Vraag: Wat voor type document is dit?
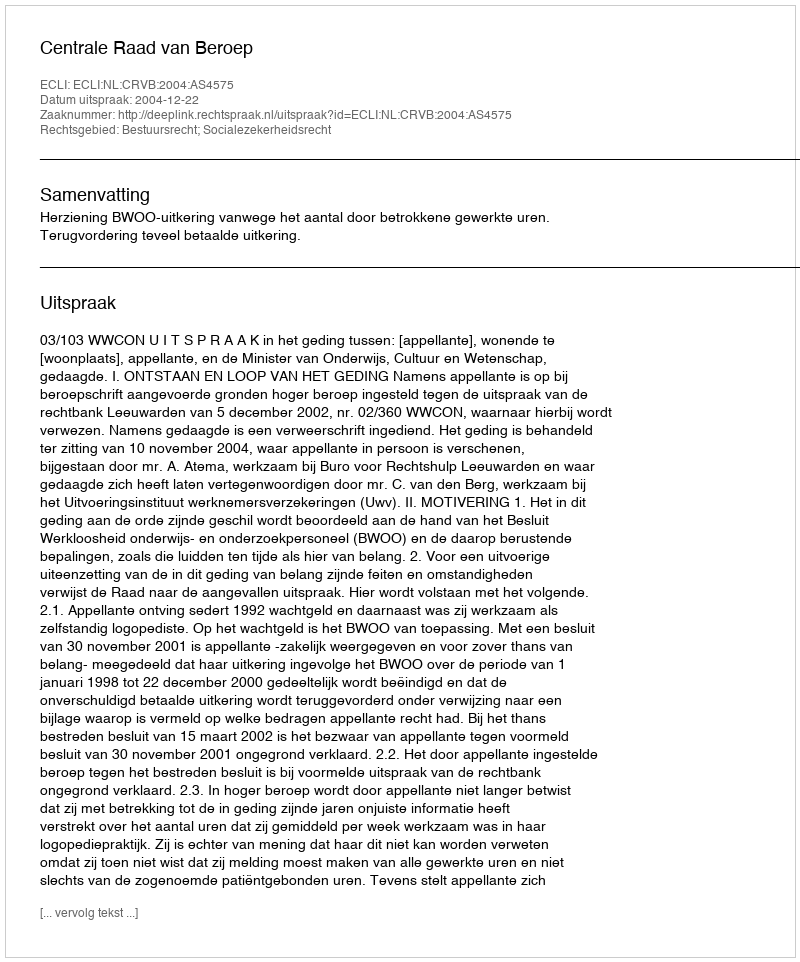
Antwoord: Uitspraak